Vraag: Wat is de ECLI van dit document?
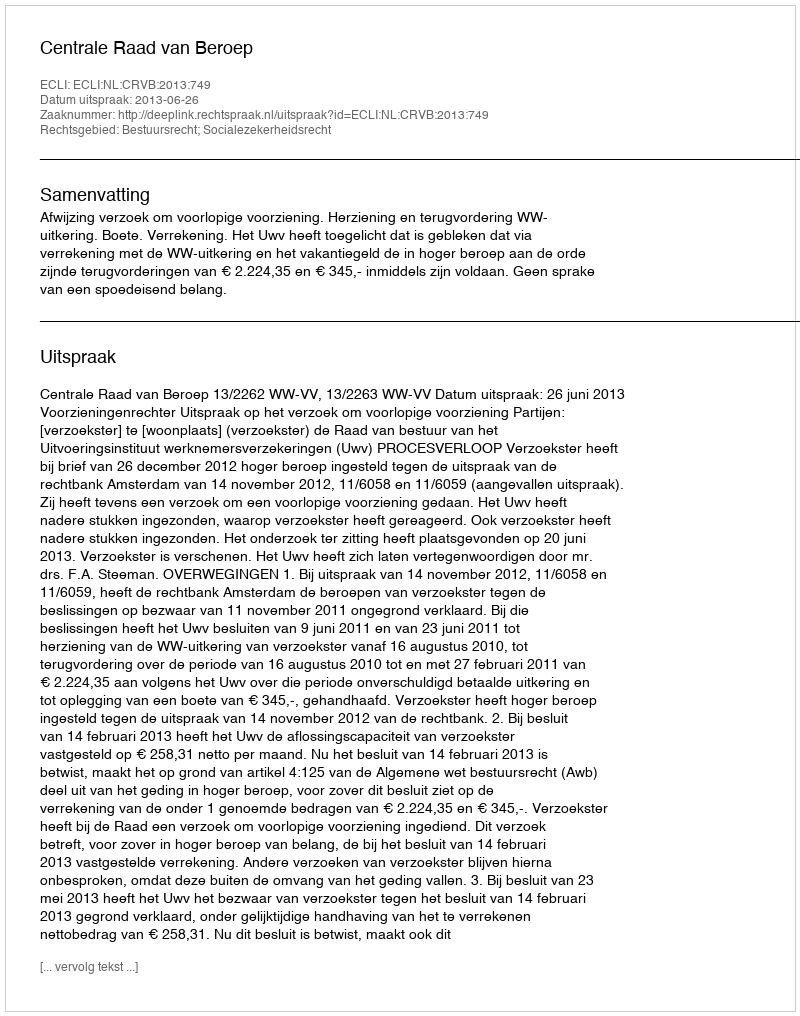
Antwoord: ECLI:NL:CRVB:2013:749